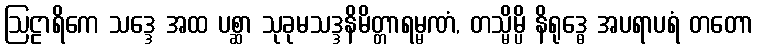
ဩဠာရိကေ သဒ္ဒေ အထ ပစ္ဆာ သုခုမသဒ္ဒနိမိတ္တာရမ္မဏံ, တသ္မိမ္ပိ နိရုဒ္ဓေ အပရာပရံ တတော